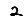
Digit: 2